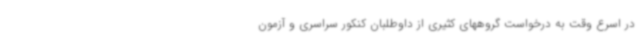
در اسرع وقت به درخواست گروههای کثیری از داوطلبان کنکور سراسری و آزمون